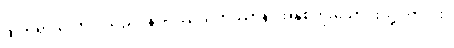
ထိုဘုရားလောင်းသည်။ နဝဝဿသတဿာနိ၊ အနှစ်ကိုးသောင်းသို့ပတ်လုံး။